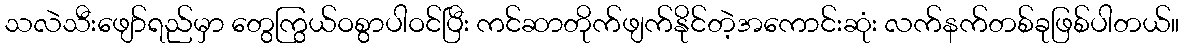
သလဲသီးဖျော်ရည်မှာ တွေကြွယ်ဝစွာပါဝင်ပြီး ကင်ဆာတိုက်ဖျက်နိုင်တဲ့အကောင်းဆုံး လက်နက်တစ်ခုဖြစ်ပါတယ်။